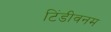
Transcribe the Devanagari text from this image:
टिंडीवनम